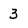
Character: 3